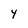
Character: 4